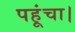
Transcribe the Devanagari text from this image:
पहूंचा।